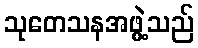
သုတေသနအဖွဲ့သည်